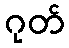
ဂုတ်